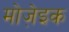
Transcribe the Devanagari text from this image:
मोजे़इक